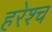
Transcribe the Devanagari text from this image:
हरेश्च